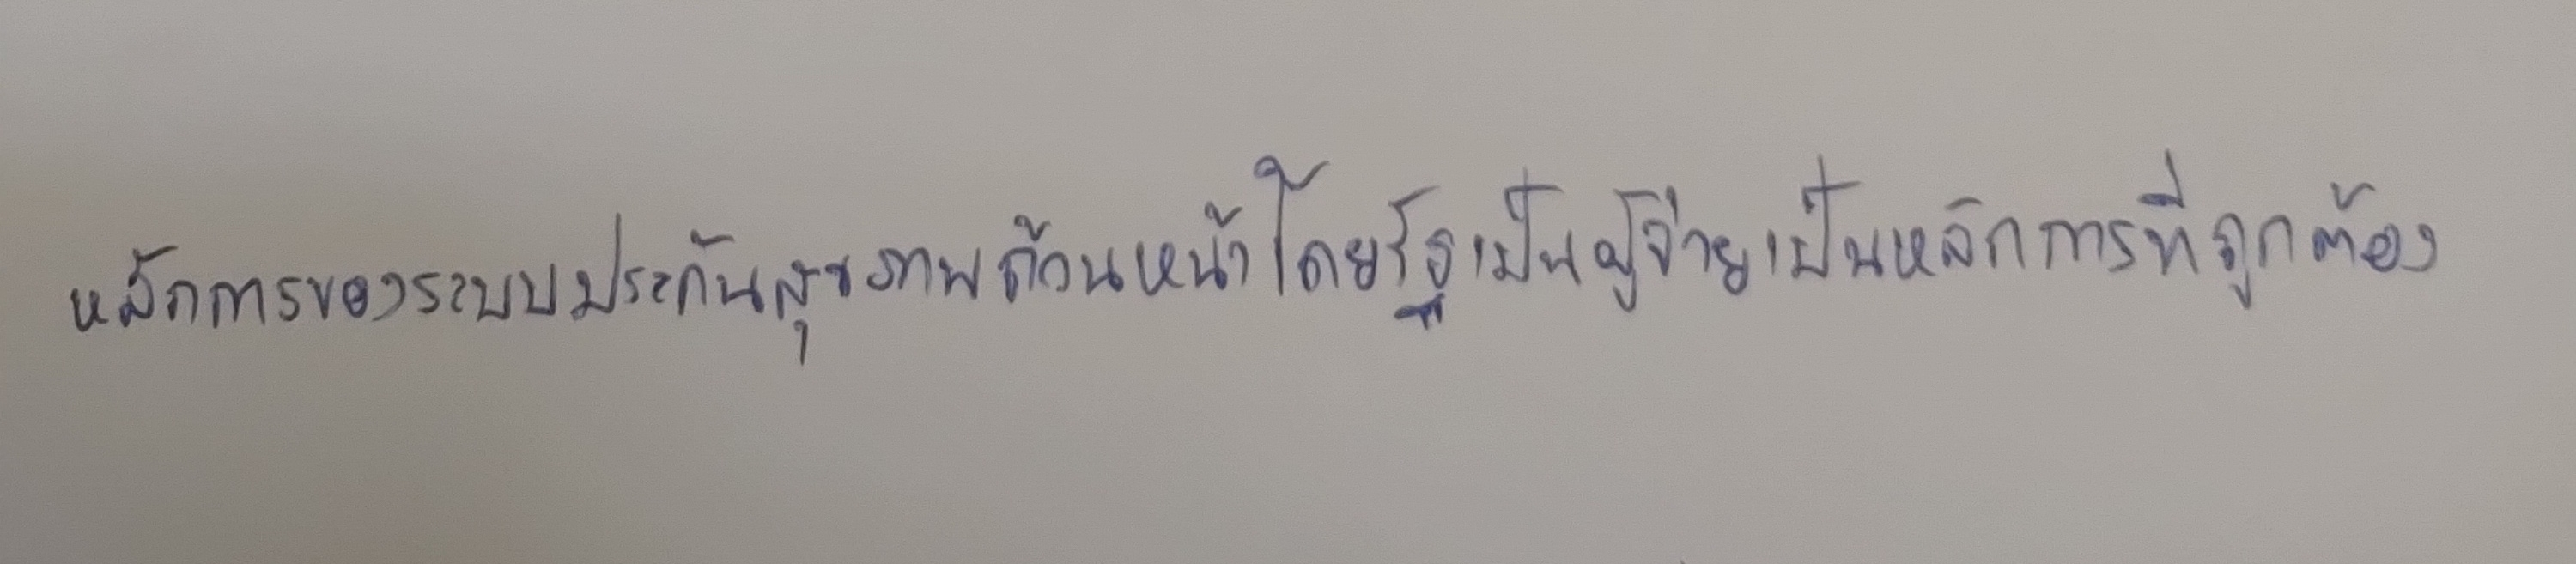
หลักการของระบบประกันสุขภาพถ้วนหน้าโดยรัฐเป็นผู้จ่ายเป็นหลักการที่ถูกต้อง